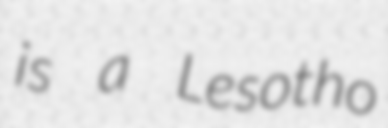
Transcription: is a Lesotho